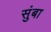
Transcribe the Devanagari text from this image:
सुंबा